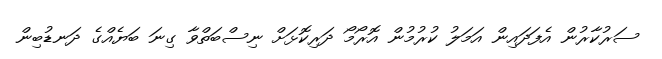
ސަރުކާރުން އެފަދައިން އަމަލު ކުރުމުން އޮރޯމޯ ދަރިކޮޅަށް ނިސްބަތްވާ ގިނަ ބަޔެއްގެ ދަނޑުބިން